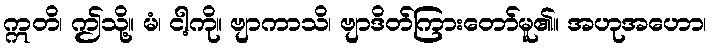
ဣတိ၊ ဤသို့။ မံ၊ ငါ့ကို။ ဗျာကာသိ၊ ဗျာဒိတ်ကြားတော်မူ၏။ အဟုအဟော၊